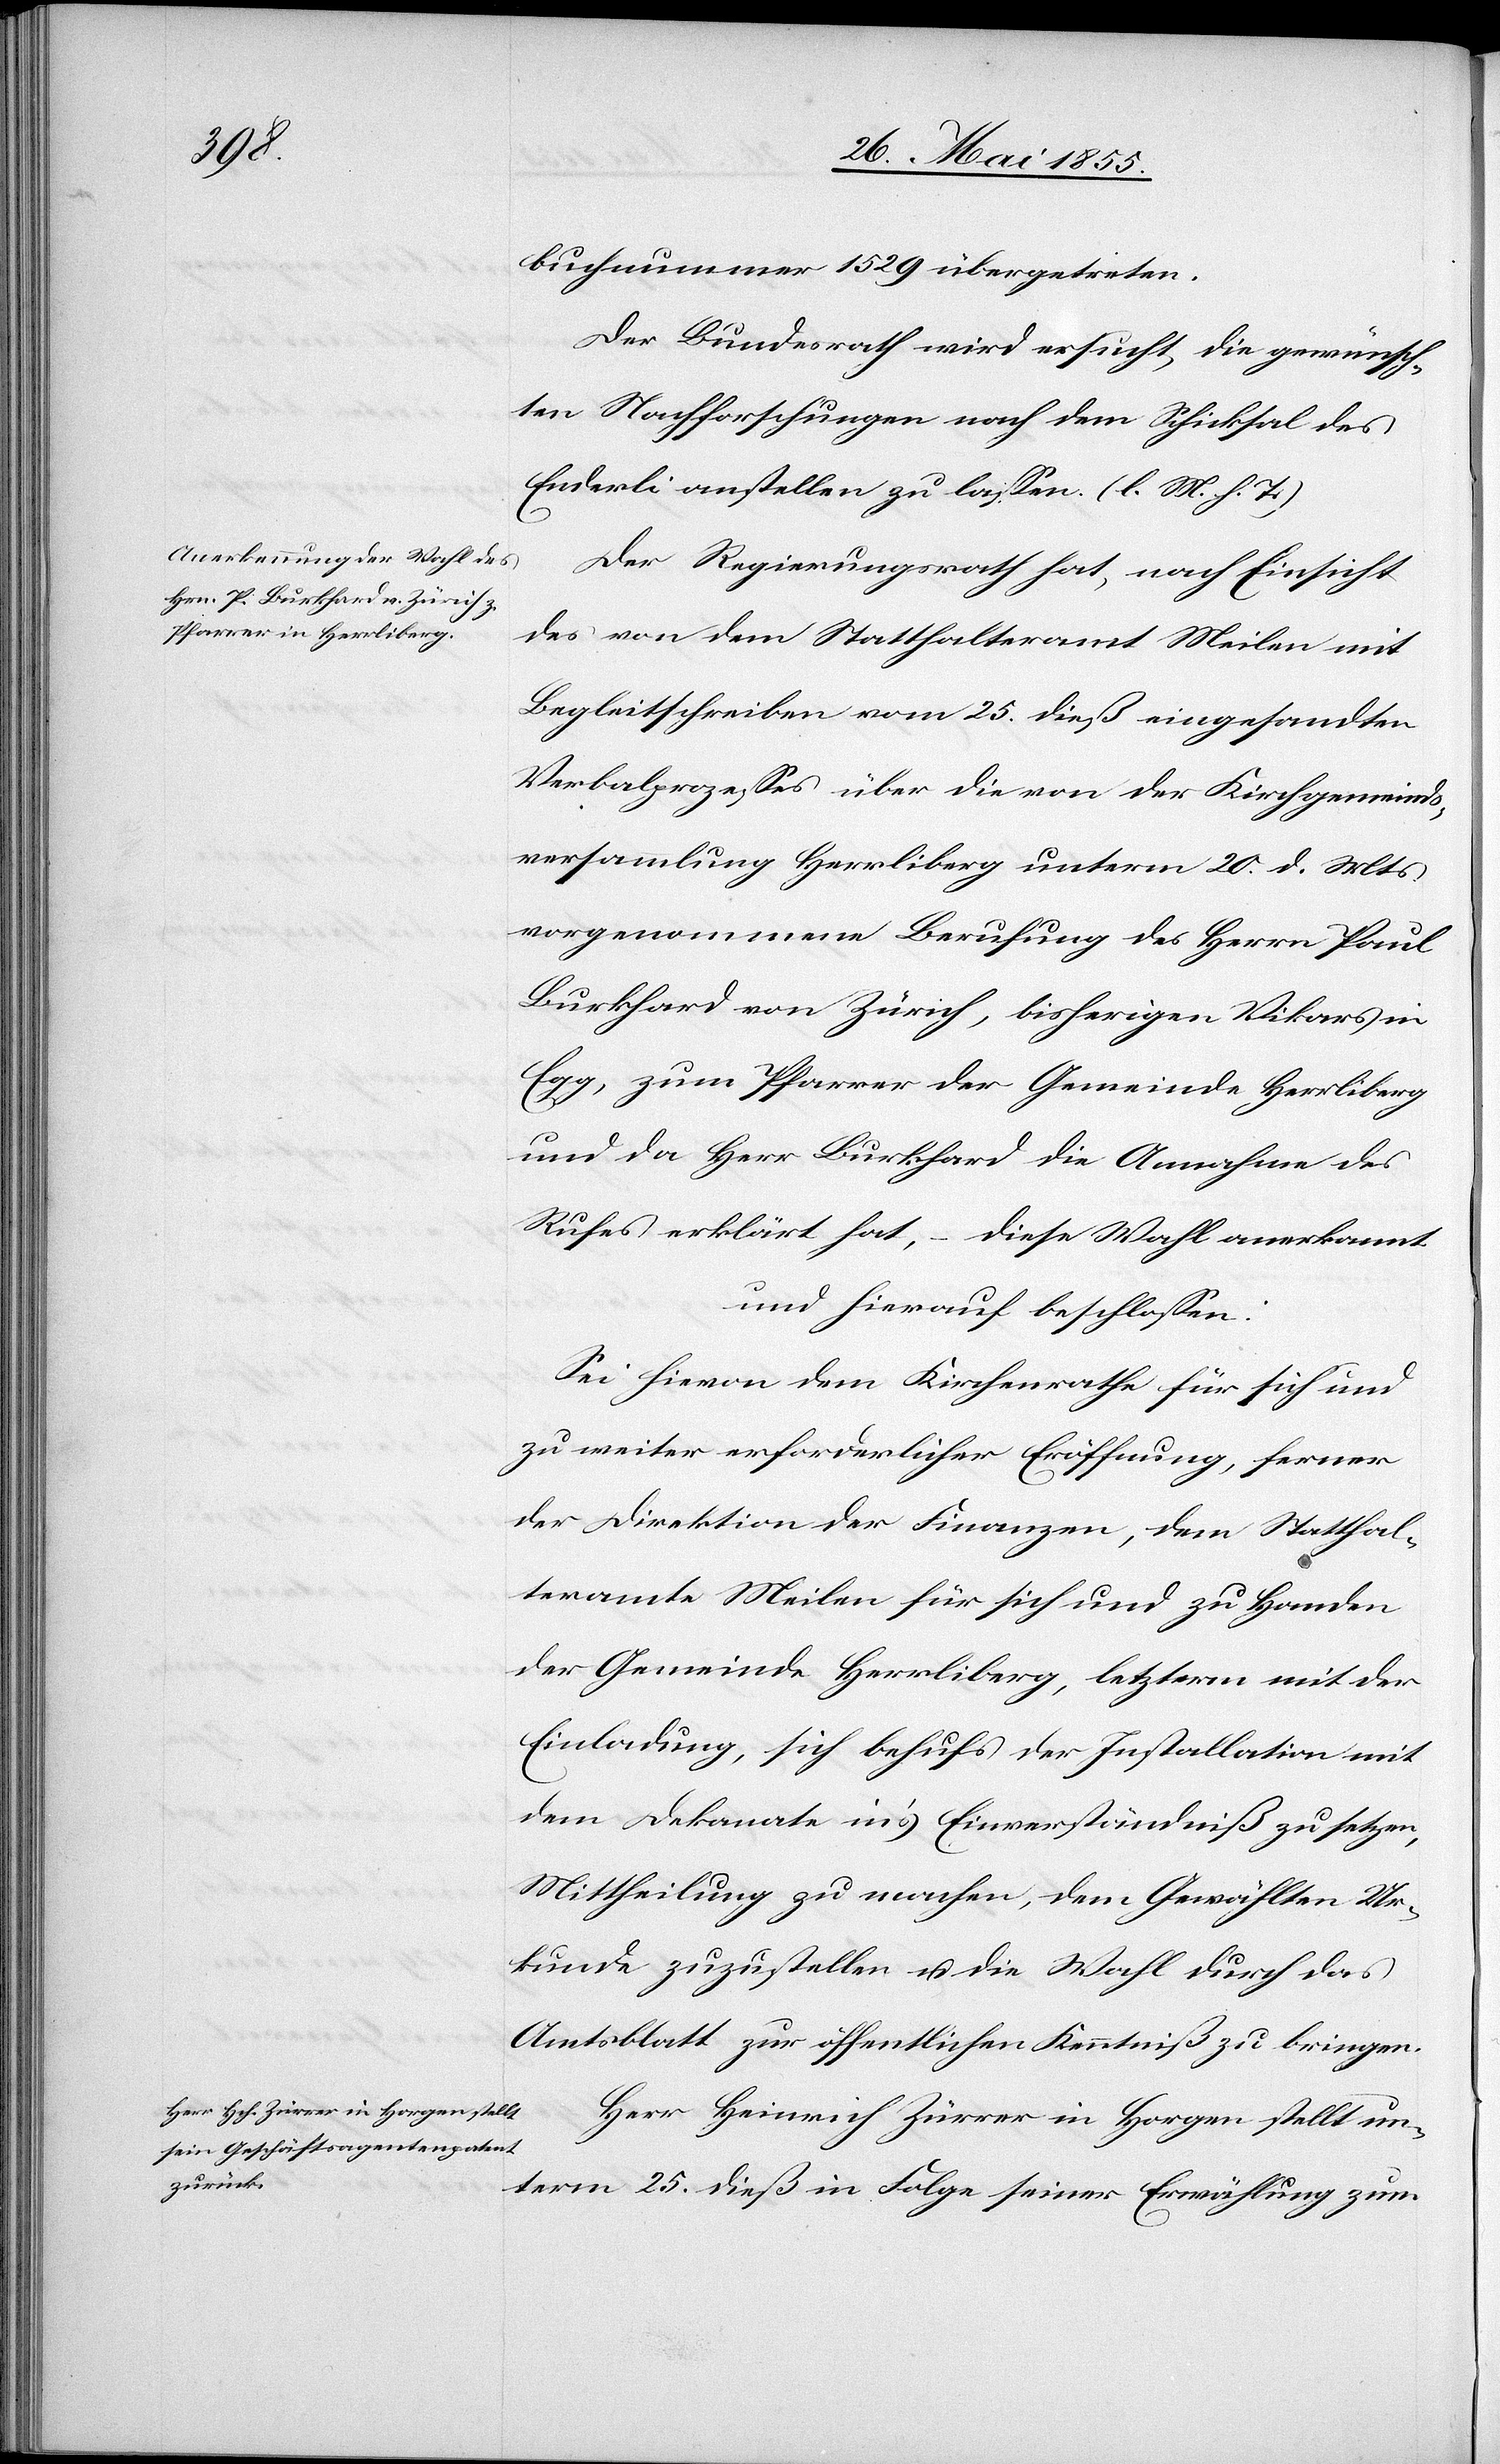
buchnummer 1529 übergetreten.
Der Bundesrath wird ersucht, die gewünsch¬
ten Nachforschungen nach dem Schicksal des
Enderli anstellen zu lassen. (l. M. h. T.)
Der Regierungsrath hat, nach Einsicht
des von dem Statthalteramt Meilen mit
Begleitschreiben vom 25. dieß eingesandten
Verbalprozesses über die von der Kirchgemeinds¬
versammlung Herrliberg unterm 20. d. Mts.
vorgenommene Berufung des Herrn Paul
Burkhard von Zürich, bisherigen Vikars in
Egg, zum Pfarrer der Gemeinde Herrliberg
und da Herr Burkhard die Annahme des
Rufes erklärt hat, – diese Wahl anerkannt
und hierauf beschlossen:
Sei hievon dem Kirchenrathe für sich und
zu weiter erforderlicher Eröffnung, ferner
der Direktion der Finanzen, dem Statthal¬
teramte Meilen für sich und zu Handen
der Gemeinde Herrliberg, letzterm mit der
Einladung, sich behufs der Installation mit
dem Dekanate in’s Einverständniß zu setzen,
Mittheilung zu machen, dem Gewählten Ur¬
kunde zuzustellen u. die Wahl durch das
Amtsblatt zur öffentlichen Kenntniß zu bringen.
Herr Heinrich Zürrer in Horgen stellt un¬
term 25. dieß in Folge seiner Erwählung zum